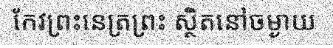
កែវព្រះនេត្រព្រះ ស្ថិតនៅចម្ងាយ